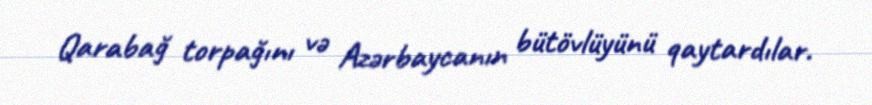
Qarabağ torpağını və Azərbaycanın bütövlüyünü qaytardılar.